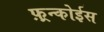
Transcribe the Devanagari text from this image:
फ़्रन्कोईस